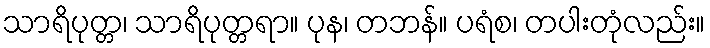
သာရိပုတ္တ၊ သာရိပုတ္တရာ။ ပုန၊ တဘန်။ ပရံစ၊ တပါးတုံလည်း။